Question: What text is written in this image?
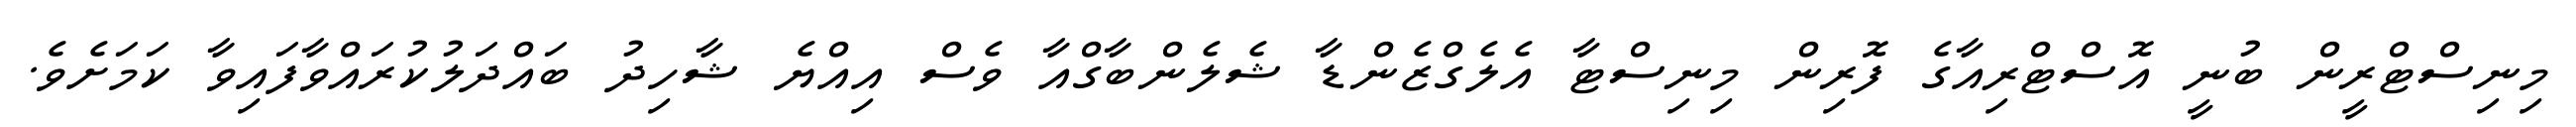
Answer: މިނިސްޓްރީން ބުނީ އޮސްޓްރިއާގެ ފޮރިން މިނިސްޓާ އެލެގްޒެންޑާ ޝެލެންބާގްއާ ވެސް އިއްޔެ ޝާހިދު ބައްދަލުކުރައްވާފައިވާ ކަމަށެވެ.